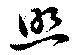
照